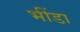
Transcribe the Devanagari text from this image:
भींडा